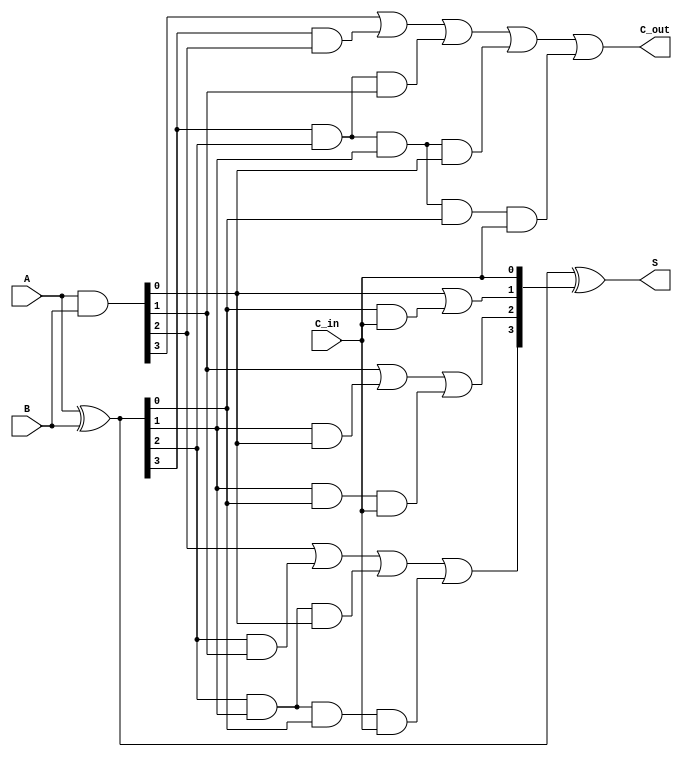
module CLA_4bit(
    input [3:0] A,
    input [3:0] B,
    input C_in,
    output [3:0] S,
    output C_out
);
    wire [3:0] G; // Generate
    wire [3:0] P; // Propagate
    wire [3:0] C; // Carry
    wire G_group, P_group;

    // Generate and Propagate for each bit
    assign G = A & B;          // G_i = A_i & B_i
    assign P = A ^ B;          // P_i = A_i ^ B_i

    // Carry generation for each bit
    assign C[0] = G[0] | (P[0] & C_in);
    assign C[1] = G[1] | (P[1] & G[0]) | (P[1] & P[0] & C_in);
    assign C[2] = G[2] | (P[2] & G[1]) | (P[2] & P[1] & G[0]) | (P[2] & P[1] & P[0] & C_in);
    assign C[3] = G[3] | (P[3] & G[2]) | (P[3] & P[2] & G[1]) | (P[3] & P[2] & P[1] & G[0]) | (P[3] & P[2] & P[1] & P[0] & C_in);

    // Sum calculation
    assign S = P ^ {C[2:0], C_in}; // S_i = P_i ^ C_i

    // Final carry-out
    assign C_out = C[3];

endmodule